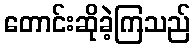
တောင်းဆိုခဲ့ကြသည်